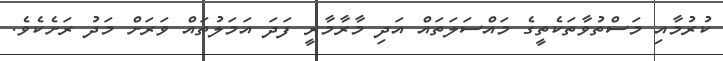
ކުރުމާއި މަސްތުވާތަކެތީގެ މައްސަލަތައް އަދި މާރާމާރީ ފަދަ އަމަލުތައް ވަރަށް މަދު ރަށެކެވެ.